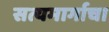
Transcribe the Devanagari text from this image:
सत्यमार्गाचा